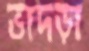
ভাদড়া